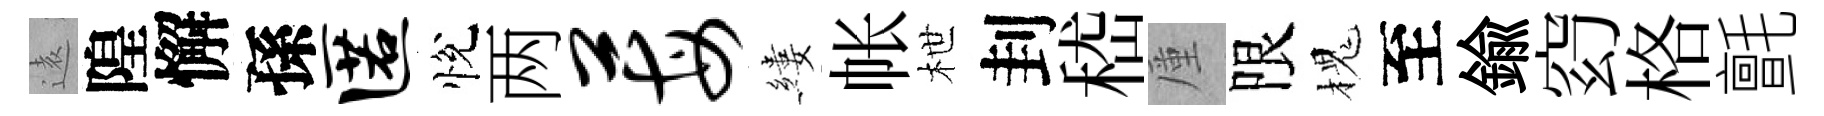
逺隍懈孫匿悅两莓縷帐枻刲嵇厪限槐至鍮𥥆格氈